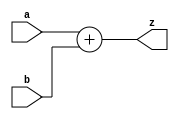
module add4 (a,b,z);
	input [3:0] a;
	input [3:0] b;
	output [4:0] z;

	assign z = a+b;
	
endmodule